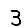
Digit: 3